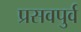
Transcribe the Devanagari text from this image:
प्रसवपुर्व